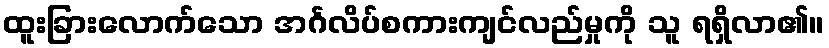
ထူးခြားလောက်သော အင်္ဂလိပ်စကားကျင်လည်မှုကို သူ ရရှိလာ၏။